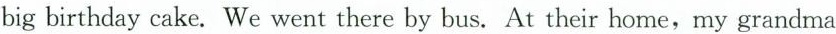
big birthday cake. We went there by bus. At their home,my grandma